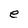
Character: e